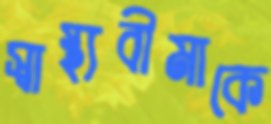
স্বাস্থ্যবীমাকে